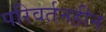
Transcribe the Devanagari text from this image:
परिवर्तनहीन